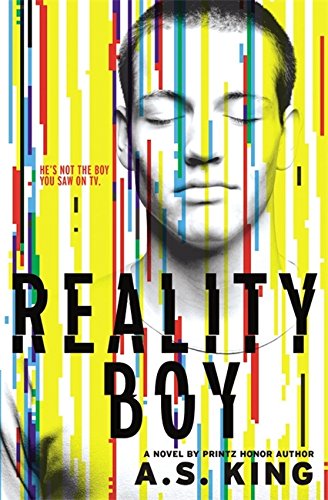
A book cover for Reality Boy; A.S. King; Teen & Young Adult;